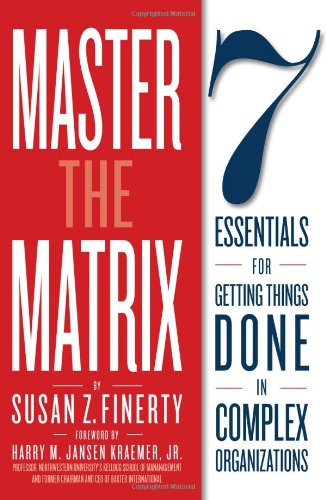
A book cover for Master the Matrix: 7 Essentials for Getting Things Done in Complex Organizations; Susan Z. Finerty; Business & Money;